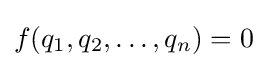
f(q_{1},q_{2},\dots ,q_{n})=0